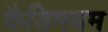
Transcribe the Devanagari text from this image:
कैडिमयम